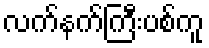
လက်နက်ကြီးပစ်ကူ